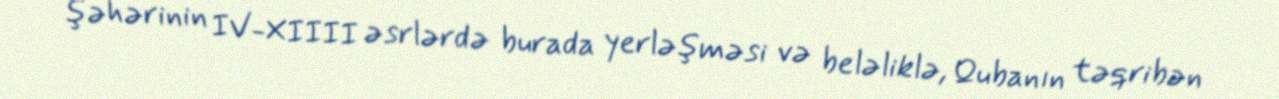
şəhərinin IV-XIIII əsrlərdə burada yerləşməsi və beləliklə, Qubanın təqribən